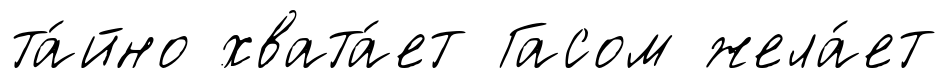
та́йно хвата́ет Гасом жела́ет